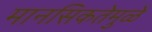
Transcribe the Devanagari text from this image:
मानसिकतेमुळे